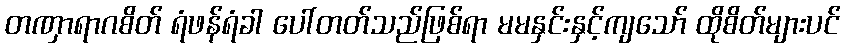
တဏှာရာဂစိတ် ရံဖန်ရံခါ ပေါ်တတ်သည်ဖြစ်ရာ မမနှင်းနှင့်ကျသော် ထိုစိတ်များပင်